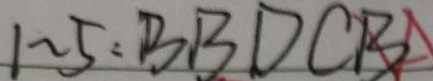
1 \sim 5 : B B D C B